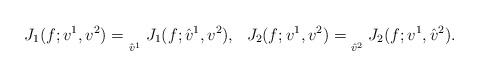
LaTeX: \begin{align*}J_1(f;v^1,v^2) = \underset{\hat{v}^1}{}\ J_1(f;\hat{v}^1,v^2),\ \ J_2(f;v^1,v^2) = \underset{\hat{v}^2}{}\ J_2(f;{v}^1,\hat{v}^2) .\end{align*}